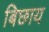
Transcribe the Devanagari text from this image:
बिछाय